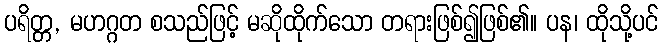
ပရိတ္တ, မဟဂ္ဂတ စသည်ဖြင့် မဆိုထိုက်သော တရားဖြစ်၍ဖြစ်၏။ ပန၊ ထိုသို့ပင်